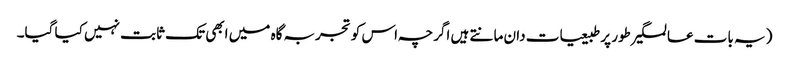
(یہ بات عالمگیر طور پر طبیعیات دان مانتے ہیں اگرچہ اس کو تجربہ گاہ میں ابھی تک ثابت نہیں کیا گیا۔